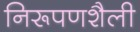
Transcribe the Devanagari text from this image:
निरूपणशैली